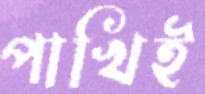
পাখিই